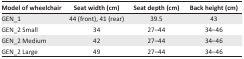
| Model of wheelchair | Seat width (cm) | Seat depth (cm) | Back height (cm) |
 | --- | --- | --- | --- |
 | GEN_1 | 44 (front), 41 (rear) | 39.5 | 43 |
 | GEN_2 Small | 34 | 27–44 | 34–46 |
 | GEN_2 Medium | 42 | 27–44 | 34–46 |
 | GEN_2 Large | 49 | 27–44 | 34–46 |